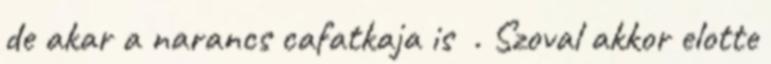
de akar a narancs cafatkaja is . Szoval akkor elotte